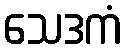
သေဒကံ